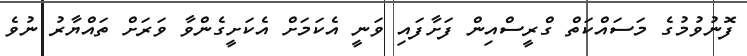
ފޮނުވުމުގެ މަސައްކަތް ގްރީސްއިން ފަށާފައި ވަނީ އެކަމަށް އެކަށީގެންވާ ވަރަށް ތައްޔާރު ނުވެ